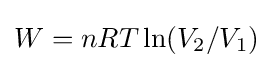
W=nRT\ln(V_{2}/V_{1})